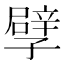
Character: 孹